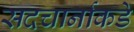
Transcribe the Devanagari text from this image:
सदचार्नाकडे